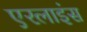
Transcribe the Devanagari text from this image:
एरलाइंस